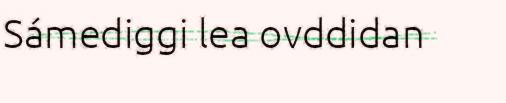
Sámediggi lea ovddidan